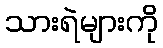
သားရဲများကို